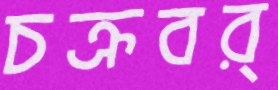
চক্রবর্